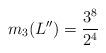
LaTeX: \begin{align*}m_3(L'')=\frac{3^8}{2^4}\end{align*}